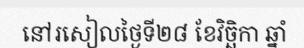
នៅរសៀលថ្ងៃទី២៨ ខែវិច្ឆិកា ឆ្នាំ